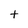
Character: t